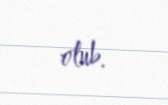
olub.